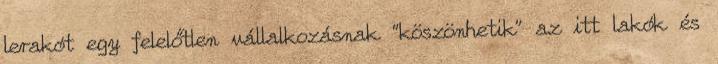
lerakót egy felelőtlen vállalkozásnak "köszönhetik" az itt lakók és